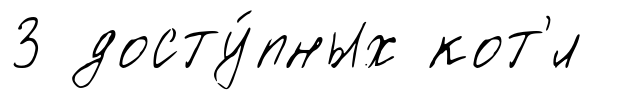
3 досту́пных кот'́л